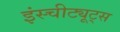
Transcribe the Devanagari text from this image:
इंस्चीट्यूट्स